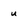
Character: u